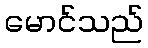
မောင်သည်